画像に写った文字を読んでください
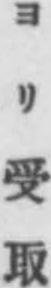
「ヨリ受取」と書いてあります